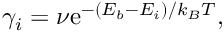
\begin{array} { r } { \gamma _ { i } = \nu { \mathrm e } ^ { - ( E _ { b } - E _ { i } ) / k _ { B } T } , } \end{array}